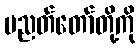
ပညတ်တော်တို့ကို